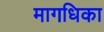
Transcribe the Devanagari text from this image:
मागधिका